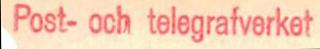
Post- och telegrafverket